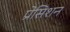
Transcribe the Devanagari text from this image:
प्रेसिशन